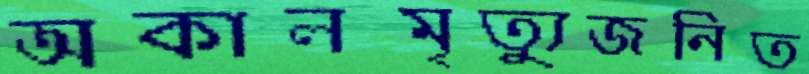
অকালমৃত্যুজনিত